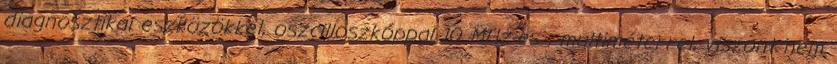
diagnosztikai eszközökkel, oszcilloszkóppal 10 MHz-es , multiméterrel, viszont nem